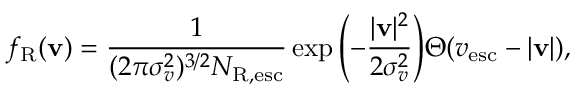
f _ { \mathrm { R } } ( \mathbf { v } ) = \frac { 1 } { ( 2 \pi \sigma _ { v } ^ { 2 } ) ^ { 3 / 2 } N _ { \mathrm { R , e s c } } } \exp { \left( - \frac { | \mathbf { v } | ^ { 2 } } { 2 \sigma _ { v } ^ { 2 } } \right) } \Theta ( v _ { \mathrm { e s c } } - | \mathbf { v } | ) ,